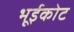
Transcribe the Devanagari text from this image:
भूईकोट